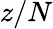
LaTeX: z/N